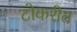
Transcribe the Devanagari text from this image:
टोकरीत